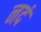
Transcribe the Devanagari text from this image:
नदं